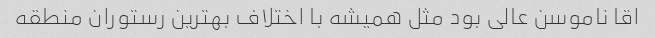
اقا ناموسن عالی بود مثل همیشه با اختلاف بهترین رستوران منطقه